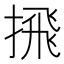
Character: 𪮕